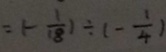
= ( - \frac { 1 } { 1 8 } ) \div ( - \frac { 1 } { 4 } )